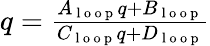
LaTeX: \begin{array}{r}{q=\frac{A_{\mathrm{~l~o~o~p~}}q+B_{\mathrm{~l~o~o~p~}}}{C_{\mathrm{~l~o~o~p~}}q+D_{\mathrm{~l~o~o~p~}}}}\end{array}